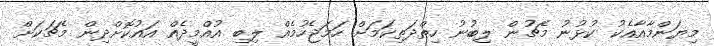
މިޔަންމާއާއެކު ކުޅުނު މެޗުން ލިބުނު ހިތްދަތިކަމަށް ހަމަޖެހުމެއް ލިބި އުއްމީދެއް އައުކޮށްދިން މެޗަކަށް